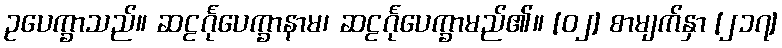
ဥပေက္ခာသည်။ ဆဠင်္ဂုပေက္ခာနာမ၊ ဆဠင်္ဂုပေက္ခာမည်၏။ [၀၂] စာမျက်နှာ [၂၁၇]